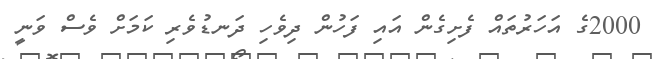
2000ގެ އަހަރުތައް ފެށިގެން އައި ފަހުން ދިވެހި ދަނޑުވެރި ކަމަށް ވެސް ވަނީ